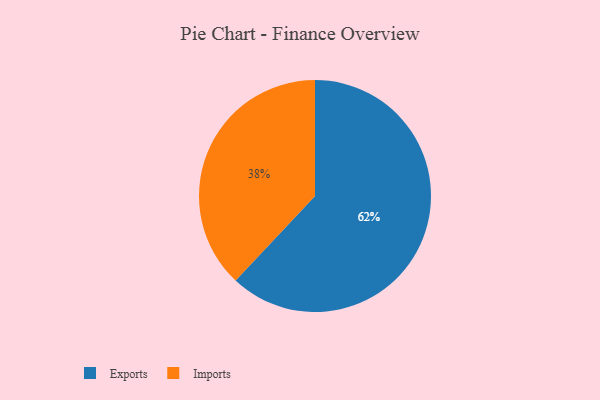
{"axis": {"x": "Category", "y": "Percentage"}, "legend": ["Exports", "Imports"], "data": [{"x": "Imports", "y": 38, "type": "Imports"}, {"x": "Exports", "y": 62, "type": "Exports"}]}